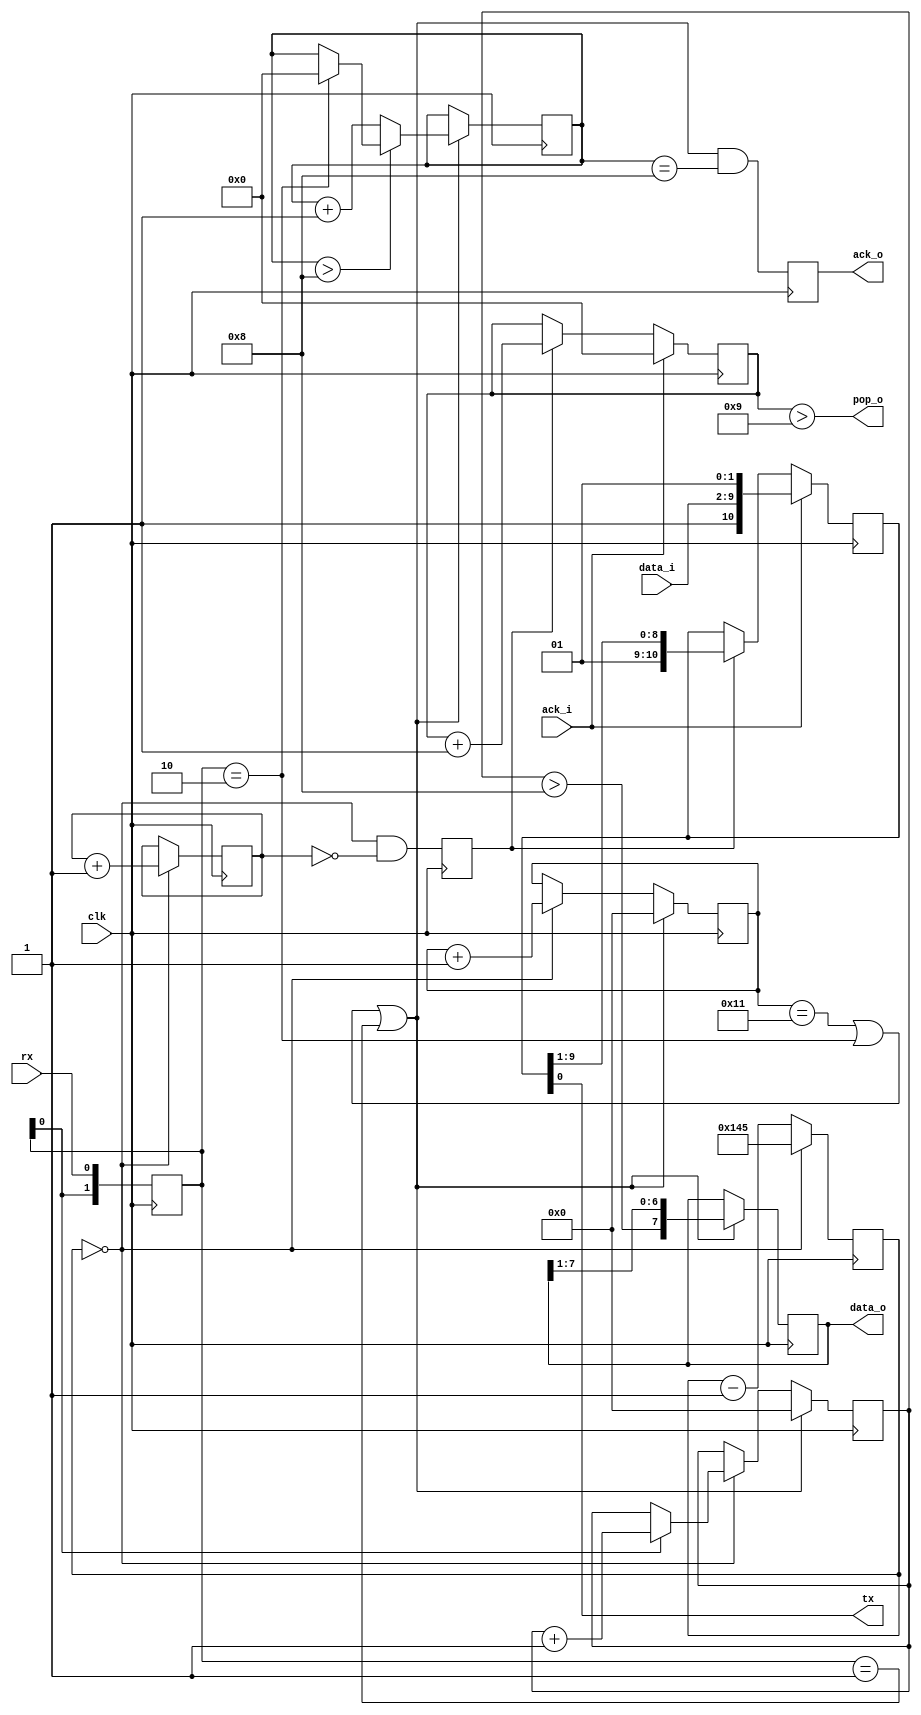
module uart(
    input wire clk,

    input wire rx,
    output wire tx,

    output wire [7:0] data_o,
    output wire ack_o,

    input wire [7:0] data_i,
    input wire ack_i,
    output wire pop_o);

// trig_baud16 is 1 at 9600 * 16Hz = 153600Hz
// 50MHz / 153600Hz = 325.52
wire trig_baud16;
wire trig_baud;
`define UART_DIV 11'd325

reg [10:0] bauddiv_counter_ff;
`ifdef SIMULATION
initial bauddiv_counter_ff = 11'd567; // random
`endif
always @(posedge clk) begin
    if (bauddiv_counter_ff == 0) begin
        bauddiv_counter_ff <= `UART_DIV;
    end else begin
        bauddiv_counter_ff <= bauddiv_counter_ff - 1;
    end
end
assign trig_baud16 = (bauddiv_counter_ff == 4'd0);

reg [3:0] baudrate_counter_ff;
`ifdef SIMULATION
initial baudrate_counter_ff = 4'd14; // random
`endif
always @(posedge clk) begin
    if (trig_baud16)
        baudrate_counter_ff <= baudrate_counter_ff + 1;
end
reg trig_baud_ff;
always @(posedge clk) begin
    trig_baud_ff <= trig_baud16 && (baudrate_counter_ff == 4'd0);
end
assign trig_baud = trig_baud_ff;

// rx
reg [1:0] rx_hist_ff;
`ifdef SIMULATION
initial rx_hist_ff = 4'd3; // random
`endif
always @(posedge clk)
    rx_hist_ff <= {rx_hist_ff[0], rx};

wire rx_posedge = rx_hist_ff[1:0] == 2'b01;
wire rx_negedge = rx_hist_ff[1:0] == 2'b10;

reg [4:0] rx_counter_ff;
reg [4:0] rx_poscounter_ff;
`ifdef SIMULATION
initial rx_counter_ff = 4'd3; // random
initial rx_counter_ff = 4'd10; // random
`endif
wire trig_next_uartbit = (rx_counter_ff == 5'd17) || rx_negedge || rx_posedge;

always @(posedge clk) begin
    if (trig_next_uartbit) begin
        rx_counter_ff <= 0;
        rx_poscounter_ff <= 0;
    end else begin
        if (trig_baud16) begin
            rx_counter_ff <= rx_counter_ff + 1;
            if (rx_hist_ff[0] == 1'b1)
                rx_poscounter_ff <= rx_poscounter_ff + 1;
        end
    end
end

wire currbit = rx_poscounter_ff > 8;
reg [7:0] rxbuf_ff;
always @(posedge clk) begin
    if (trig_next_uartbit)
        rxbuf_ff <= {currbit, rxbuf_ff[7:1]};
end

assign data_o = rxbuf_ff;

reg [3:0] rx_frame_counter_ff;
`ifdef SIMULATION
initial rx_frame_counter_ff = 4'd12; // random
`endif
always @(posedge clk) begin
    if (trig_next_uartbit) begin
        if (rx_frame_counter_ff > 4'd8) begin
            if (rx_negedge) begin
                rx_frame_counter_ff <= 0;
            end
        end else begin
            rx_frame_counter_ff <= rx_frame_counter_ff + 1;
        end
    end
end

reg rx_pop_ff;
always @(posedge clk) begin
    rx_pop_ff <= trig_next_uartbit && rx_frame_counter_ff == 4'd8;
end
assign ack_o = rx_pop_ff;

// tx 
reg [3:0] tx_frame_counter_ff;
`ifdef SIMULATION
initial tx_frame_counter_ff = 4'd13; // random
`endif
always @(posedge clk) begin
    if (ack_i) begin
        tx_frame_counter_ff <= 0;
    end else if (trig_baud) begin
        tx_frame_counter_ff <= tx_frame_counter_ff + 1;
    end
end
assign pop_o = tx_frame_counter_ff > 4'd9;

reg [10:0] txbuf_ff;
always @(posedge clk) begin
    if (ack_i) begin
        //           stop          start, preserve H until next trig_baud
        txbuf_ff <= {1'b1, data_i,  1'b0, 1'b1};
    end else if (trig_baud) begin
        txbuf_ff <= {1'b1, txbuf_ff[9:1]};
    end
end
assign tx = txbuf_ff[0];

endmodule